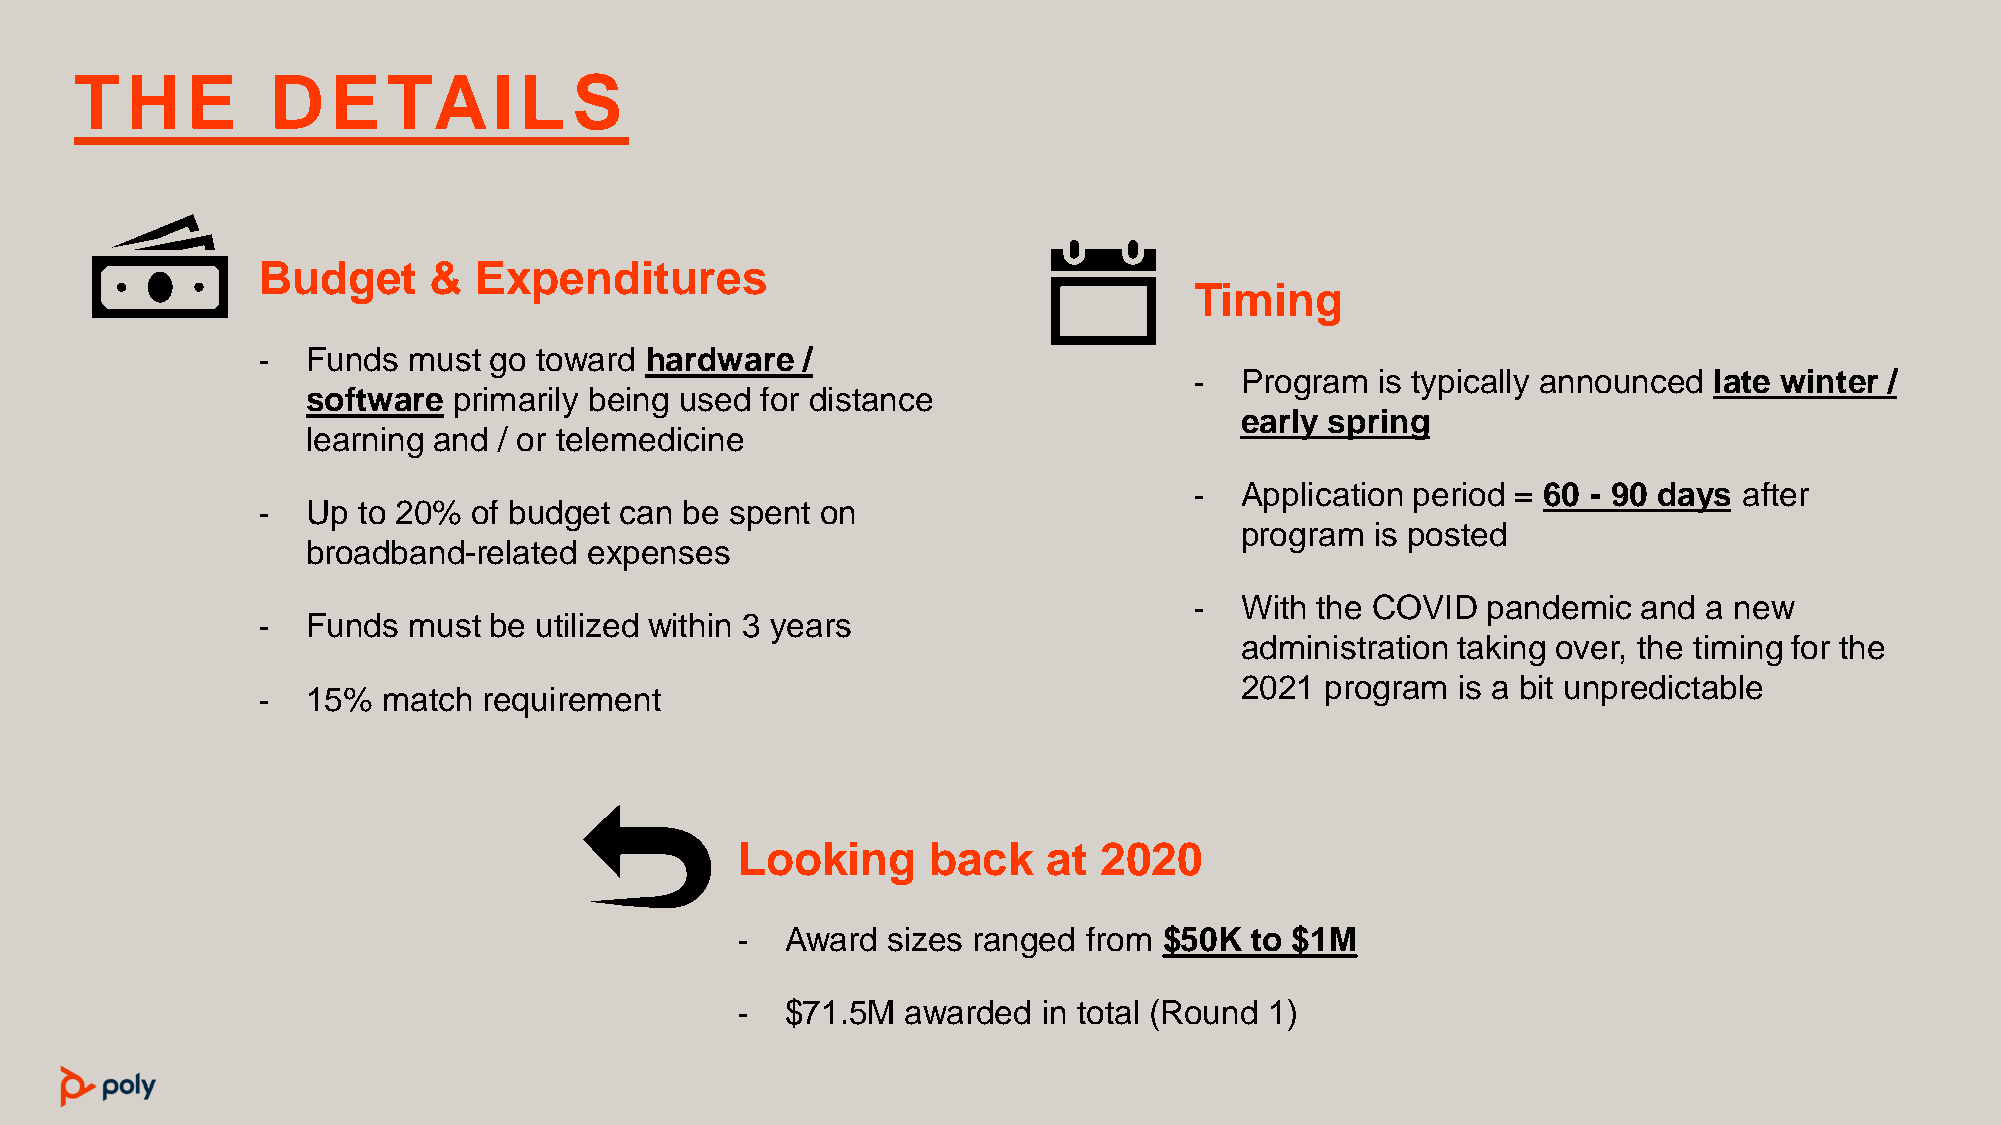
T  H   E     D   E   TAI     L   S
 Budget     &   Expenditures
 Timing
 -  Funds  must go toward  hardware  /
 -  Program  is typically announced late winter /
 software  primarily being used for distance
 early spring
 learning and / or telemedicine
 -  Application period = 60 - 90 days after
 -  Up  to 20% of budget can be spent on
 program  is posted
 broadband-related  expenses
 -  With the COVID  pandemic   and a new
 -  Funds  must be utilized within 3 years
 administration taking over, the timing for the
 2021  program is a bit unpredictable
 -  15%  match  requirement
 Looking      back   at  2020
 -  Award  sizes ranged from $50K  to $1M
 -  $71.5M  awarded  in total (Round 1)